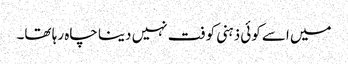
میں اسے کوئی ذہنی کوفت نہیں دینا چاہ رہا تھا۔